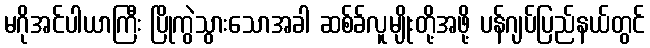
မဂိုအင်ပါယာကြီး ပြိုကွဲသွားသောအခါ ဆစ်ခ်လူမျိုးတို့အဖို့ ပန်ဂျပ်ပြည်နယ်တွင်